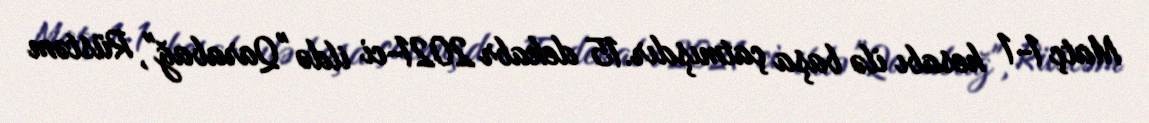
Matç 1-1 hesabı ilə başa çatmışdır.15 dekabr 2021-ci ildə "Qarabağ", Rüstəm